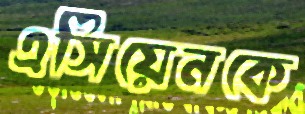
এসিয়েনকে